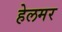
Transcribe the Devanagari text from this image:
हेलमर